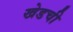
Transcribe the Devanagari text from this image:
खेडची